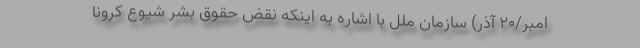
امبر/۲۰ آذر) سازمان ملل با اشاره به اینکه نقض حقوق بشر شیوع کرونا